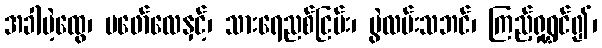
အခါမဲ့ထွေ၊ မဖော်လေနှင့်၊ သားရေညစ်ငြမ်း၊ ပွဲလမ်းသဘင်၊ ကြည့်ရှုရွှင်၍၊